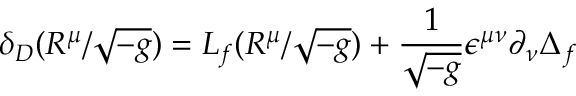
\delta _ { D } ( R ^ { \mu } / \sqrt { - g } ) = L _ { f } ( R ^ { \mu } / \sqrt { - g } ) + \frac { 1 } { \sqrt { - g } } \epsilon ^ { \mu \nu } \partial _ { \nu } \Delta _ { f }